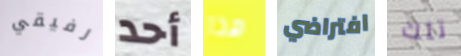
رفيقي أحد هذا افتراضي تلك